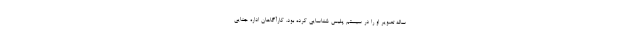
ساله تصویر او را در سیستم پلیس شناسایی کرده بود. کارآگاهان اداره جنایی